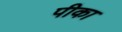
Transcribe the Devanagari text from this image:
पीका